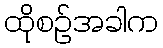
ထိုစဉ်အခါက